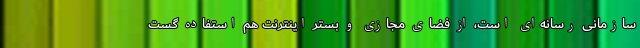
سازمانی رسانه‌ای است، از فضای مجازی و بستر اینترنت هم استفاده گست